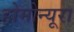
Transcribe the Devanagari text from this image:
होमोन्यूरा